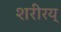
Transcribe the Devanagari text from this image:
शरीरय्